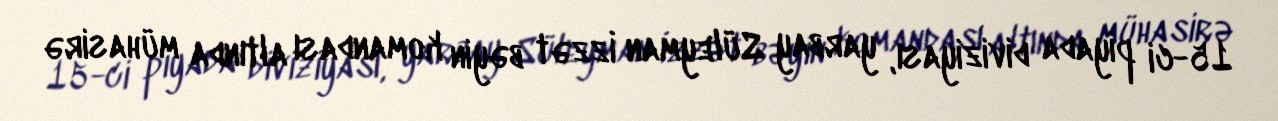
15-ci piyada diviziyası, yarbay Süleyman İzzət bəyin komandası altında mühasirə